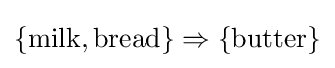
\{\mathrm {milk,bread} \}\Rightarrow \{\mathrm {butter} \}